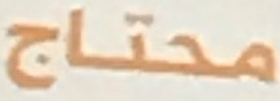
محتاج